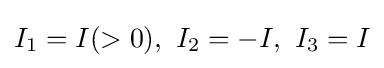
I_{1}=I(>0),\ I_{2}=-I,\ I_{3}=I